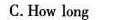
C.How long